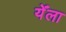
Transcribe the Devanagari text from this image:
येँला